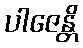
ပါဇေန္တိ